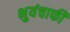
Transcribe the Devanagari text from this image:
भुयंचाफीं